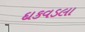
દાકવડલા